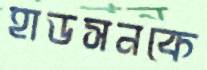
হাডসনকে